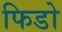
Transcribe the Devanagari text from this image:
फिडो